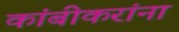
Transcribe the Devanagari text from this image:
कांबीकरांना